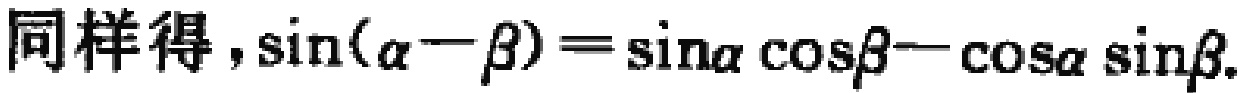
同样得，\(\sin(\alpha - \beta)=\sin\alpha\cos\beta - \cos\alpha\sin\beta\)